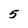
Character: 5